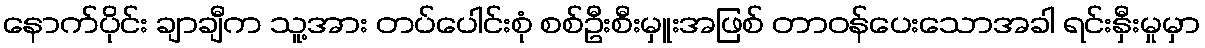
နောက်ပိုင်း ချာချီက သူ့အား တပ်ပေါင်းစုံ စစ်ဦးစီးမှူးအဖြစ် တာဝန်ပေးသောအခါ ရင်းနှီးမှုမှာ